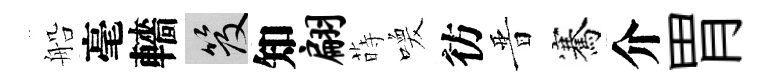
船毫轖笈知翩蒔喚彷晋騫介胃